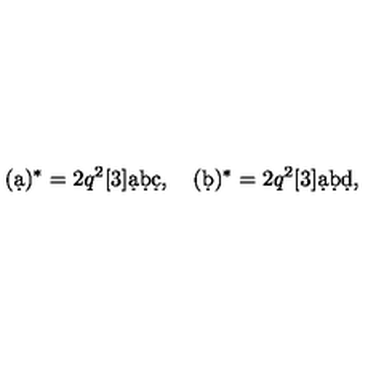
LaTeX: ( \d a ) ^ { * } = 2 q ^ { 2 } [ 3 ] \d a \d b \d c , \quad ( \d b ) ^ { * } = 2 q ^ { 2 } [ 3 ] \d a \d b \d d , \quad